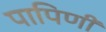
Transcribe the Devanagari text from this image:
पापिणी